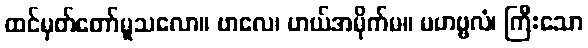
ထင်မှတ်တော်မူသလော။ ဗာလေ၊ ဟယ်အမိုက်မ။ မဟဗ္ဗလံ၊ ကြီးသော